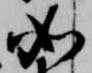
如